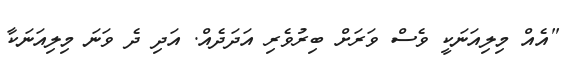
"އެއް މިލިއަނަކީ ވެސް ވަރަށް ބިރުވެރި އަދަދެއް. އަދި ދެ ވަނަ މިލިއަނަކާ